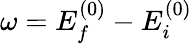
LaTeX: \omega=E_{f}^{(0)}-E_{i}^{(0)}